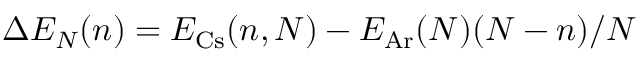
\Delta E _ { N } ( n ) = E _ { \mathrm { C s } } ( n , N ) - E _ { \mathrm { A r } } ( N ) ( N - n ) / N